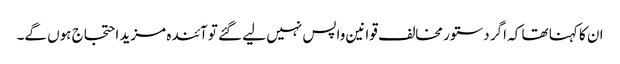
ان کا کہنا تھا کہ اگر دستور مخالف قوانین واپس نہیں لیے گئے تو آئندہ مزید احتجاج ہوں گے۔